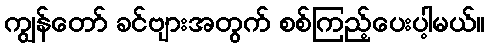
ကျွန်တော် ခင်ဗျားအတွက် စစ်ကြည့်ပေးပါ့မယ်။